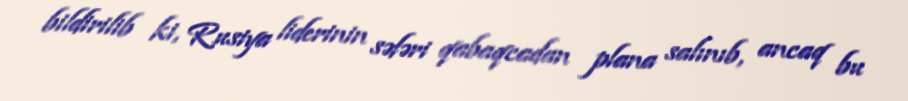
bildirilib ki, Rusiya liderinin səfəri qabaqcadan plana salınıb, ancaq bu